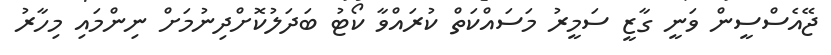
ޖޭއެސްސީން ވަނީ ގާޒީ ސަމީރު މަސައްކަތް ކުރައްވާ ކޯޓު ބަދަލުކޮށްދިނުމަށް ނިންމައި މިހާރު